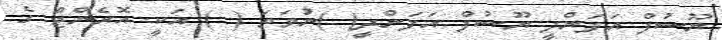
ޔޫސުފް އަފަންދީ ޔޫސުފް އަފަންދީ( )ނުވަތަ ( ) އަކީ އޮރެންޖް ގެ